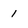
Character: 1